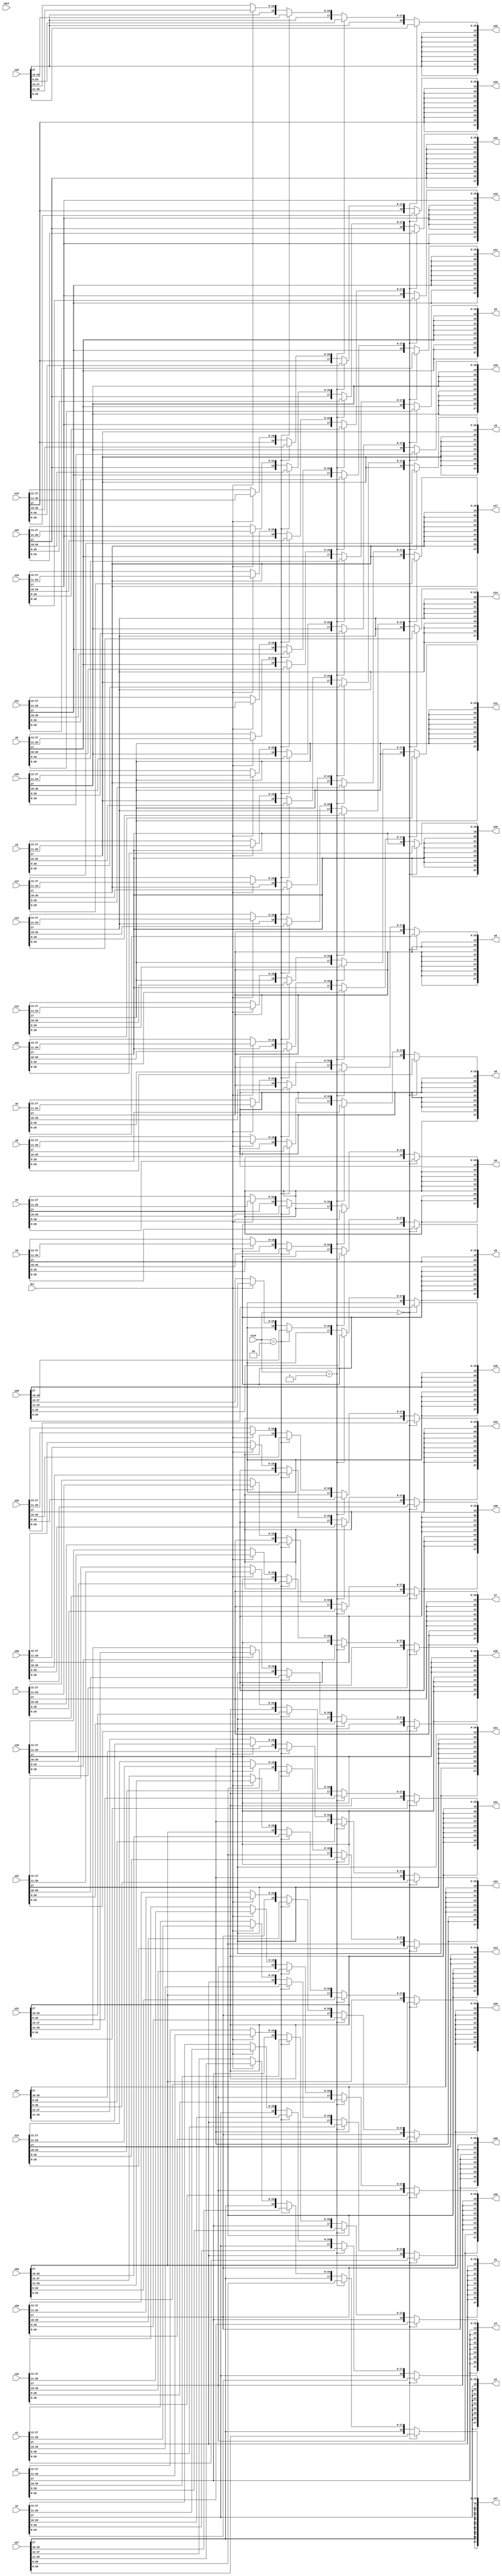
module scaling2
#(
	parameter WIDTH = 28
)
(
	input wire [1:0] size,
	input wire dct,
	input wire idct,
	//input wire operation,
	
	input wire signed [WIDTH-1:0] x0,
	input wire signed [WIDTH-1:0] x1,
	input wire signed [WIDTH-1:0] x2,
	input wire signed [WIDTH-1:0] x3,
	input wire signed [WIDTH-1:0] x4,
	input wire signed [WIDTH-1:0] x5,
	input wire signed [WIDTH-1:0] x6,
	input wire signed [WIDTH-1:0] x7,
	input wire signed [WIDTH-1:0] x8,
	input wire signed [WIDTH-1:0] x9,
	input wire signed [WIDTH-1:0] x10,
	input wire signed [WIDTH-1:0] x11,
	input wire signed [WIDTH-1:0] x12,
	input wire signed [WIDTH-1:0] x13,
	input wire signed [WIDTH-1:0] x14,
	input wire signed [WIDTH-1:0] x15,
	input wire signed [WIDTH-1:0] x16,
	input wire signed [WIDTH-1:0] x17,
	input wire signed [WIDTH-1:0] x18,
	input wire signed [WIDTH-1:0] x19,
	input wire signed [WIDTH-1:0] x20,
	input wire signed [WIDTH-1:0] x21,
	input wire signed [WIDTH-1:0] x22,
	input wire signed [WIDTH-1:0] x23,
	input wire signed [WIDTH-1:0] x24,
	input wire signed [WIDTH-1:0] x25,
	input wire signed [WIDTH-1:0] x26,
	input wire signed [WIDTH-1:0] x27,
	input wire signed [WIDTH-1:0] x28,
	input wire signed [WIDTH-1:0] x29,
	input wire signed [WIDTH-1:0] x30,
	input wire signed [WIDTH-1:0] x31,
	
	output reg signed [WIDTH-1:0] y0,
	output reg signed [WIDTH-1:0] y1,
	output reg signed [WIDTH-1:0] y2,
	output reg signed [WIDTH-1:0] y3,
	output reg signed [WIDTH-1:0] y4,
	output reg signed [WIDTH-1:0] y5,
	output reg signed [WIDTH-1:0] y6,
	output reg signed [WIDTH-1:0] y7,
	output reg signed [WIDTH-1:0] y8,
	output reg signed [WIDTH-1:0] y9,
	output reg signed [WIDTH-1:0] y10,
	output reg signed [WIDTH-1:0] y11,
	output reg signed [WIDTH-1:0] y12,
	output reg signed [WIDTH-1:0] y13,
	output reg signed [WIDTH-1:0] y14,
	output reg signed [WIDTH-1:0] y15,
	output reg signed [WIDTH-1:0] y16,
	output reg signed [WIDTH-1:0] y17,
	output reg signed [WIDTH-1:0] y18,
	output reg signed [WIDTH-1:0] y19,
	output reg signed [WIDTH-1:0] y20,
	output reg signed [WIDTH-1:0] y21,
	output reg signed [WIDTH-1:0] y22,
	output reg signed [WIDTH-1:0] y23,
	output reg signed [WIDTH-1:0] y24,
	output reg signed [WIDTH-1:0] y25,
	output reg signed [WIDTH-1:0] y26,
	output reg signed [WIDTH-1:0] y27,
	output reg signed [WIDTH-1:0] y28,
	output reg signed [WIDTH-1:0] y29,
	output reg signed [WIDTH-1:0] y30,
	output reg signed [WIDTH-1:0] y31
);


	wire signed [WIDTH-1:0] tempIn [31:0];
	reg signed [WIDTH-1:0] tempOut [31:0];
	integer i;
	
	assign tempIn[0] = x0;
	assign tempIn[1] = x1;
	assign tempIn[2] = x2;
	assign tempIn[3] = x3;
	assign tempIn[4] = x4;
	assign tempIn[5] = x5;
	assign tempIn[6] = x6;
	assign tempIn[7] = x7;
	assign tempIn[8] = x8;
	assign tempIn[9] = x9;
	assign tempIn[10] = x10;
	assign tempIn[11] = x11;
	assign tempIn[12] = x12;
	assign tempIn[13] = x13;
	assign tempIn[14] = x14;
	assign tempIn[15] = x15;
	assign tempIn[16] = x16;
	assign tempIn[17] = x17;
	assign tempIn[18] = x18;
	assign tempIn[19] = x19;
	assign tempIn[20] = x20;
	assign tempIn[21] = x21;
	assign tempIn[22] = x22;
	assign tempIn[23] = x23;
	assign tempIn[24] = x24;
	assign tempIn[25] = x25;
	assign tempIn[26] = x26;
	assign tempIn[27] = x27;
	assign tempIn[28] = x28;
	assign tempIn[29] = x29;
	assign tempIn[30] = x30;
	assign tempIn[31] = x31;
	
	
	
	always@(*)
	begin
		
		if(size == 0) begin
				 y0 = {x0[WIDTH-1],x0[WIDTH-1],x0[WIDTH-1],x0[WIDTH-1],x0[WIDTH-1],x0[WIDTH-1],x0[WIDTH-1],x0[WIDTH-1],x0[WIDTH-1:8]};
				 y1 = {x1[WIDTH-1],x1[WIDTH-1],x1[WIDTH-1],x1[WIDTH-1],x1[WIDTH-1],x1[WIDTH-1],x1[WIDTH-1],x1[WIDTH-1],x1[WIDTH-1:8]};
				 y2 = {x2[WIDTH-1],x2[WIDTH-1],x2[WIDTH-1],x2[WIDTH-1],x2[WIDTH-1],x2[WIDTH-1],x2[WIDTH-1],x2[WIDTH-1],x2[WIDTH-1:8]};
				 y3 = {x3[WIDTH-1],x3[WIDTH-1],x3[WIDTH-1],x3[WIDTH-1],x3[WIDTH-1],x3[WIDTH-1],x3[WIDTH-1],x3[WIDTH-1],x3[WIDTH-1:8]};
				 y4 = {x4[WIDTH-1],x4[WIDTH-1],x4[WIDTH-1],x4[WIDTH-1],x4[WIDTH-1],x4[WIDTH-1],x4[WIDTH-1],x4[WIDTH-1],x4[WIDTH-1:8]};
				 y5 = {x5[WIDTH-1],x5[WIDTH-1],x5[WIDTH-1],x5[WIDTH-1],x5[WIDTH-1],x5[WIDTH-1],x5[WIDTH-1],x5[WIDTH-1],x5[WIDTH-1:8]};
				 y6 = {x6[WIDTH-1],x6[WIDTH-1],x6[WIDTH-1],x6[WIDTH-1],x6[WIDTH-1],x6[WIDTH-1],x6[WIDTH-1],x6[WIDTH-1],x6[WIDTH-1:8]};
				 y7 = {x7[WIDTH-1],x7[WIDTH-1],x7[WIDTH-1],x7[WIDTH-1],x7[WIDTH-1],x7[WIDTH-1],x7[WIDTH-1],x7[WIDTH-1],x7[WIDTH-1:8]};
				 y8 = {x8[WIDTH-1],x8[WIDTH-1],x8[WIDTH-1],x8[WIDTH-1],x8[WIDTH-1],x8[WIDTH-1],x8[WIDTH-1],x8[WIDTH-1],x8[WIDTH-1:8]};
				 y9 = {x9[WIDTH-1],x9[WIDTH-1],x9[WIDTH-1],x9[WIDTH-1],x9[WIDTH-1],x9[WIDTH-1],x9[WIDTH-1],x9[WIDTH-1],x9[WIDTH-1:8]};
				 y10 = {x10[WIDTH-1],x10[WIDTH-1],x10[WIDTH-1],x10[WIDTH-1],x10[WIDTH-1],x10[WIDTH-1],x10[WIDTH-1],x10[WIDTH-1],x10[WIDTH-1:8]};
				 y11 = {x11[WIDTH-1],x11[WIDTH-1],x11[WIDTH-1],x11[WIDTH-1],x11[WIDTH-1],x11[WIDTH-1],x11[WIDTH-1],x11[WIDTH-1],x11[WIDTH-1:8]};
				 y12 = {x12[WIDTH-1],x12[WIDTH-1],x12[WIDTH-1],x12[WIDTH-1],x12[WIDTH-1],x12[WIDTH-1],x12[WIDTH-1],x12[WIDTH-1],x12[WIDTH-1:8]};
				 y13 = {x13[WIDTH-1],x13[WIDTH-1],x13[WIDTH-1],x13[WIDTH-1],x13[WIDTH-1],x13[WIDTH-1],x13[WIDTH-1],x13[WIDTH-1],x13[WIDTH-1:8]};
				 y14 = {x14[WIDTH-1],x14[WIDTH-1],x14[WIDTH-1],x14[WIDTH-1],x14[WIDTH-1],x14[WIDTH-1],x14[WIDTH-1],x14[WIDTH-1],x14[WIDTH-1:8]};
				 y15 = {x15[WIDTH-1],x15[WIDTH-1],x15[WIDTH-1],x15[WIDTH-1],x15[WIDTH-1],x15[WIDTH-1],x15[WIDTH-1],x15[WIDTH-1],x15[WIDTH-1:8]};
				 y16 = {x16[WIDTH-1],x16[WIDTH-1],x16[WIDTH-1],x16[WIDTH-1],x16[WIDTH-1],x16[WIDTH-1],x16[WIDTH-1],x16[WIDTH-1],x16[WIDTH-1:8]};
				 y17 = {x17[WIDTH-1],x17[WIDTH-1],x17[WIDTH-1],x17[WIDTH-1],x17[WIDTH-1],x17[WIDTH-1],x17[WIDTH-1],x17[WIDTH-1],x17[WIDTH-1:8]};
				 y18 = {x18[WIDTH-1],x18[WIDTH-1],x18[WIDTH-1],x18[WIDTH-1],x18[WIDTH-1],x18[WIDTH-1],x18[WIDTH-1],x18[WIDTH-1],x18[WIDTH-1:8]};
				 y19 = {x19[WIDTH-1],x19[WIDTH-1],x19[WIDTH-1],x19[WIDTH-1],x19[WIDTH-1],x19[WIDTH-1],x19[WIDTH-1],x19[WIDTH-1],x19[WIDTH-1:8]};
				 y20 = {x20[WIDTH-1],x20[WIDTH-1],x20[WIDTH-1],x20[WIDTH-1],x20[WIDTH-1],x20[WIDTH-1],x20[WIDTH-1],x20[WIDTH-1],x20[WIDTH-1:8]};
				 y21 = {x21[WIDTH-1],x21[WIDTH-1],x21[WIDTH-1],x21[WIDTH-1],x21[WIDTH-1],x21[WIDTH-1],x21[WIDTH-1],x21[WIDTH-1],x21[WIDTH-1:8]};
				 y22 = {x22[WIDTH-1],x22[WIDTH-1],x22[WIDTH-1],x22[WIDTH-1],x22[WIDTH-1],x22[WIDTH-1],x22[WIDTH-1],x22[WIDTH-1],x22[WIDTH-1:8]};
				 y23 = {x23[WIDTH-1],x23[WIDTH-1],x23[WIDTH-1],x23[WIDTH-1],x23[WIDTH-1],x23[WIDTH-1],x23[WIDTH-1],x23[WIDTH-1],x23[WIDTH-1:8]};
				 y24 = {x24[WIDTH-1],x24[WIDTH-1],x24[WIDTH-1],x24[WIDTH-1],x24[WIDTH-1],x24[WIDTH-1],x24[WIDTH-1],x24[WIDTH-1],x24[WIDTH-1:8]};
				 y25 = {x25[WIDTH-1],x25[WIDTH-1],x25[WIDTH-1],x25[WIDTH-1],x25[WIDTH-1],x25[WIDTH-1],x25[WIDTH-1],x25[WIDTH-1],x25[WIDTH-1:8]};
				 y26 = {x26[WIDTH-1],x26[WIDTH-1],x26[WIDTH-1],x26[WIDTH-1],x26[WIDTH-1],x26[WIDTH-1],x26[WIDTH-1],x26[WIDTH-1],x26[WIDTH-1:8]};
				 y27 = {x27[WIDTH-1],x27[WIDTH-1],x27[WIDTH-1],x27[WIDTH-1],x27[WIDTH-1],x27[WIDTH-1],x27[WIDTH-1],x27[WIDTH-1],x27[WIDTH-1:8]};
				 y28 = {x28[WIDTH-1],x28[WIDTH-1],x28[WIDTH-1],x28[WIDTH-1],x28[WIDTH-1],x28[WIDTH-1],x28[WIDTH-1],x28[WIDTH-1],x28[WIDTH-1:8]};
				 y29 = {x29[WIDTH-1],x29[WIDTH-1],x29[WIDTH-1],x29[WIDTH-1],x29[WIDTH-1],x29[WIDTH-1],x29[WIDTH-1],x29[WIDTH-1],x29[WIDTH-1:8]};
				 y30 = {x30[WIDTH-1],x30[WIDTH-1],x30[WIDTH-1],x30[WIDTH-1],x30[WIDTH-1],x30[WIDTH-1],x30[WIDTH-1],x30[WIDTH-1],x30[WIDTH-1:8]};
				 y31 = {x31[WIDTH-1],x31[WIDTH-1],x31[WIDTH-1],x31[WIDTH-1],x31[WIDTH-1],x31[WIDTH-1],x31[WIDTH-1],x31[WIDTH-1],x31[WIDTH-1:8]};
		end
		else if(size == 1) begin
			
				 y0 = {x0[WIDTH-1],x0[WIDTH-1],x0[WIDTH-1],x0[WIDTH-1],x0[WIDTH-1],x0[WIDTH-1],x0[WIDTH-1],x0[WIDTH-1],x0[WIDTH-1],x0[WIDTH-1:9]};
				 y1 = {x1[WIDTH-1],x1[WIDTH-1],x1[WIDTH-1],x1[WIDTH-1],x1[WIDTH-1],x1[WIDTH-1],x1[WIDTH-1],x1[WIDTH-1],x1[WIDTH-1],x1[WIDTH-1:9]};
				 y2 = {x2[WIDTH-1],x2[WIDTH-1],x2[WIDTH-1],x2[WIDTH-1],x2[WIDTH-1],x2[WIDTH-1],x2[WIDTH-1],x2[WIDTH-1],x2[WIDTH-1],x2[WIDTH-1:9]};
				 y3 = {x3[WIDTH-1],x3[WIDTH-1],x3[WIDTH-1],x3[WIDTH-1],x3[WIDTH-1],x3[WIDTH-1],x3[WIDTH-1],x3[WIDTH-1],x3[WIDTH-1],x3[WIDTH-1:9]};
				 y4 = {x4[WIDTH-1],x4[WIDTH-1],x4[WIDTH-1],x4[WIDTH-1],x4[WIDTH-1],x4[WIDTH-1],x4[WIDTH-1],x4[WIDTH-1],x4[WIDTH-1],x4[WIDTH-1:9]};
				 y5 = {x5[WIDTH-1],x5[WIDTH-1],x5[WIDTH-1],x5[WIDTH-1],x5[WIDTH-1],x5[WIDTH-1],x5[WIDTH-1],x5[WIDTH-1],x5[WIDTH-1],x5[WIDTH-1:9]};
				 y6 = {x6[WIDTH-1],x6[WIDTH-1],x6[WIDTH-1],x6[WIDTH-1],x6[WIDTH-1],x6[WIDTH-1],x6[WIDTH-1],x6[WIDTH-1],x6[WIDTH-1],x6[WIDTH-1:9]};
				 y7 = {x7[WIDTH-1],x7[WIDTH-1],x7[WIDTH-1],x7[WIDTH-1],x7[WIDTH-1],x7[WIDTH-1],x7[WIDTH-1],x7[WIDTH-1],x7[WIDTH-1],x7[WIDTH-1:9]};
				 y8 = {x8[WIDTH-1],x8[WIDTH-1],x8[WIDTH-1],x8[WIDTH-1],x8[WIDTH-1],x8[WIDTH-1],x8[WIDTH-1],x8[WIDTH-1],x8[WIDTH-1],x8[WIDTH-1:9]};
				 y9 = {x9[WIDTH-1],x9[WIDTH-1],x9[WIDTH-1],x9[WIDTH-1],x9[WIDTH-1],x9[WIDTH-1],x9[WIDTH-1],x9[WIDTH-1],x9[WIDTH-1],x9[WIDTH-1:9]};
				 y10 = {x10[WIDTH-1],x10[WIDTH-1],x10[WIDTH-1],x10[WIDTH-1],x10[WIDTH-1],x10[WIDTH-1],x10[WIDTH-1],x10[WIDTH-1],x10[WIDTH-1],x10[WIDTH-1:9]};
				 y11 = {x11[WIDTH-1],x11[WIDTH-1],x11[WIDTH-1],x11[WIDTH-1],x11[WIDTH-1],x11[WIDTH-1],x11[WIDTH-1],x11[WIDTH-1],x11[WIDTH-1],x11[WIDTH-1:9]};
				 y12 = {x12[WIDTH-1],x12[WIDTH-1],x12[WIDTH-1],x12[WIDTH-1],x12[WIDTH-1],x12[WIDTH-1],x12[WIDTH-1],x12[WIDTH-1],x12[WIDTH-1],x12[WIDTH-1:9]};
				 y13 = {x13[WIDTH-1],x13[WIDTH-1],x13[WIDTH-1],x13[WIDTH-1],x13[WIDTH-1],x13[WIDTH-1],x13[WIDTH-1],x13[WIDTH-1],x13[WIDTH-1],x13[WIDTH-1:9]};
				 y14 = {x14[WIDTH-1],x14[WIDTH-1],x14[WIDTH-1],x14[WIDTH-1],x14[WIDTH-1],x14[WIDTH-1],x14[WIDTH-1],x14[WIDTH-1],x14[WIDTH-1],x14[WIDTH-1:9]};
				 y15 = {x15[WIDTH-1],x15[WIDTH-1],x15[WIDTH-1],x15[WIDTH-1],x15[WIDTH-1],x15[WIDTH-1],x15[WIDTH-1],x15[WIDTH-1],x15[WIDTH-1],x15[WIDTH-1:9]};
				 y16 = {x16[WIDTH-1],x16[WIDTH-1],x16[WIDTH-1],x16[WIDTH-1],x16[WIDTH-1],x16[WIDTH-1],x16[WIDTH-1],x16[WIDTH-1],x16[WIDTH-1],x16[WIDTH-1:9]};
				 y17 = {x17[WIDTH-1],x17[WIDTH-1],x17[WIDTH-1],x17[WIDTH-1],x17[WIDTH-1],x17[WIDTH-1],x17[WIDTH-1],x17[WIDTH-1],x17[WIDTH-1],x17[WIDTH-1:9]};
				 y18 = {x18[WIDTH-1],x18[WIDTH-1],x18[WIDTH-1],x18[WIDTH-1],x18[WIDTH-1],x18[WIDTH-1],x18[WIDTH-1],x18[WIDTH-1],x18[WIDTH-1],x18[WIDTH-1:9]};
				 y19 = {x19[WIDTH-1],x19[WIDTH-1],x19[WIDTH-1],x19[WIDTH-1],x19[WIDTH-1],x19[WIDTH-1],x19[WIDTH-1],x19[WIDTH-1],x19[WIDTH-1],x19[WIDTH-1:9]};
				 y20 = {x20[WIDTH-1],x20[WIDTH-1],x20[WIDTH-1],x20[WIDTH-1],x20[WIDTH-1],x20[WIDTH-1],x20[WIDTH-1],x20[WIDTH-1],x20[WIDTH-1],x20[WIDTH-1:9]};
				 y21 = {x21[WIDTH-1],x21[WIDTH-1],x21[WIDTH-1],x21[WIDTH-1],x21[WIDTH-1],x21[WIDTH-1],x21[WIDTH-1],x21[WIDTH-1],x21[WIDTH-1],x21[WIDTH-1:9]};
				 y22 = {x22[WIDTH-1],x22[WIDTH-1],x22[WIDTH-1],x22[WIDTH-1],x22[WIDTH-1],x22[WIDTH-1],x22[WIDTH-1],x22[WIDTH-1],x22[WIDTH-1],x22[WIDTH-1:9]};
				 y23 = {x23[WIDTH-1],x23[WIDTH-1],x23[WIDTH-1],x23[WIDTH-1],x23[WIDTH-1],x23[WIDTH-1],x23[WIDTH-1],x23[WIDTH-1],x23[WIDTH-1],x23[WIDTH-1:9]};
				 y24 = {x24[WIDTH-1],x24[WIDTH-1],x24[WIDTH-1],x24[WIDTH-1],x24[WIDTH-1],x24[WIDTH-1],x24[WIDTH-1],x24[WIDTH-1],x24[WIDTH-1],x24[WIDTH-1:9]};
				 y25 = {x25[WIDTH-1],x25[WIDTH-1],x25[WIDTH-1],x25[WIDTH-1],x25[WIDTH-1],x25[WIDTH-1],x25[WIDTH-1],x25[WIDTH-1],x25[WIDTH-1],x25[WIDTH-1:9]};
				 y26 = {x26[WIDTH-1],x26[WIDTH-1],x26[WIDTH-1],x26[WIDTH-1],x26[WIDTH-1],x26[WIDTH-1],x26[WIDTH-1],x26[WIDTH-1],x26[WIDTH-1],x26[WIDTH-1:9]};
				 y27 = {x27[WIDTH-1],x27[WIDTH-1],x27[WIDTH-1],x27[WIDTH-1],x27[WIDTH-1],x27[WIDTH-1],x27[WIDTH-1],x27[WIDTH-1],x27[WIDTH-1],x27[WIDTH-1:9]};
				 y28 = {x28[WIDTH-1],x28[WIDTH-1],x28[WIDTH-1],x28[WIDTH-1],x28[WIDTH-1],x28[WIDTH-1],x28[WIDTH-1],x28[WIDTH-1],x28[WIDTH-1],x28[WIDTH-1:9]};
				 y29 = {x29[WIDTH-1],x29[WIDTH-1],x29[WIDTH-1],x29[WIDTH-1],x29[WIDTH-1],x29[WIDTH-1],x29[WIDTH-1],x29[WIDTH-1],x29[WIDTH-1],x29[WIDTH-1:9]};
				 y30 = {x30[WIDTH-1],x30[WIDTH-1],x30[WIDTH-1],x30[WIDTH-1],x30[WIDTH-1],x30[WIDTH-1],x30[WIDTH-1],x30[WIDTH-1],x30[WIDTH-1],x30[WIDTH-1:9]};
				 y31 = {x31[WIDTH-1],x31[WIDTH-1],x31[WIDTH-1],x31[WIDTH-1],x31[WIDTH-1],x31[WIDTH-1],x31[WIDTH-1],x31[WIDTH-1],x31[WIDTH-1],x31[WIDTH-1:9]};
			
		end
		else if(size == 2) begin
			
				 y0 = {x0[WIDTH-1],x0[WIDTH-1],x0[WIDTH-1],x0[WIDTH-1],x0[WIDTH-1],x0[WIDTH-1],x0[WIDTH-1],x0[WIDTH-1],x0[WIDTH-1],x0[WIDTH-1],x0[WIDTH-1:10]};
				 y1 = {x1[WIDTH-1],x1[WIDTH-1],x1[WIDTH-1],x1[WIDTH-1],x1[WIDTH-1],x1[WIDTH-1],x1[WIDTH-1],x1[WIDTH-1],x1[WIDTH-1],x1[WIDTH-1],x1[WIDTH-1:10]};
				 y2 = {x2[WIDTH-1],x2[WIDTH-1],x2[WIDTH-1],x2[WIDTH-1],x2[WIDTH-1],x2[WIDTH-1],x2[WIDTH-1],x2[WIDTH-1],x2[WIDTH-1],x2[WIDTH-1],x2[WIDTH-1:10]};
				 y3 = {x3[WIDTH-1],x3[WIDTH-1],x3[WIDTH-1],x3[WIDTH-1],x3[WIDTH-1],x3[WIDTH-1],x3[WIDTH-1],x3[WIDTH-1],x3[WIDTH-1],x3[WIDTH-1],x3[WIDTH-1:10]};
				 y4 = {x4[WIDTH-1],x4[WIDTH-1],x4[WIDTH-1],x4[WIDTH-1],x4[WIDTH-1],x4[WIDTH-1],x4[WIDTH-1],x4[WIDTH-1],x4[WIDTH-1],x4[WIDTH-1],x4[WIDTH-1:10]};
				 y5 = {x5[WIDTH-1],x5[WIDTH-1],x5[WIDTH-1],x5[WIDTH-1],x5[WIDTH-1],x5[WIDTH-1],x5[WIDTH-1],x5[WIDTH-1],x5[WIDTH-1],x5[WIDTH-1],x5[WIDTH-1:10]};
				 y6 = {x6[WIDTH-1],x6[WIDTH-1],x6[WIDTH-1],x6[WIDTH-1],x6[WIDTH-1],x6[WIDTH-1],x6[WIDTH-1],x6[WIDTH-1],x6[WIDTH-1],x6[WIDTH-1],x6[WIDTH-1:10]};
				 y7 = {x7[WIDTH-1],x7[WIDTH-1],x7[WIDTH-1],x7[WIDTH-1],x7[WIDTH-1],x7[WIDTH-1],x7[WIDTH-1],x7[WIDTH-1],x7[WIDTH-1],x7[WIDTH-1],x7[WIDTH-1:10]};
				 y8 = {x8[WIDTH-1],x8[WIDTH-1],x8[WIDTH-1],x8[WIDTH-1],x8[WIDTH-1],x8[WIDTH-1],x8[WIDTH-1],x8[WIDTH-1],x8[WIDTH-1],x8[WIDTH-1],x8[WIDTH-1:10]};
				 y9 = {x9[WIDTH-1],x9[WIDTH-1],x9[WIDTH-1],x9[WIDTH-1],x9[WIDTH-1],x9[WIDTH-1],x9[WIDTH-1],x9[WIDTH-1],x9[WIDTH-1],x9[WIDTH-1],x9[WIDTH-1:10]};
				 y10 = {x10[WIDTH-1],x10[WIDTH-1],x10[WIDTH-1],x10[WIDTH-1],x10[WIDTH-1],x10[WIDTH-1],x10[WIDTH-1],x10[WIDTH-1],x10[WIDTH-1],x10[WIDTH-1],x10[WIDTH-1:10]};
				 y11 = {x11[WIDTH-1],x11[WIDTH-1],x11[WIDTH-1],x11[WIDTH-1],x11[WIDTH-1],x11[WIDTH-1],x11[WIDTH-1],x11[WIDTH-1],x11[WIDTH-1],x11[WIDTH-1],x11[WIDTH-1:10]};
				 y12 = {x12[WIDTH-1],x12[WIDTH-1],x12[WIDTH-1],x12[WIDTH-1],x12[WIDTH-1],x12[WIDTH-1],x12[WIDTH-1],x12[WIDTH-1],x12[WIDTH-1],x12[WIDTH-1],x12[WIDTH-1:10]};
				 y13 = {x13[WIDTH-1],x13[WIDTH-1],x13[WIDTH-1],x13[WIDTH-1],x13[WIDTH-1],x13[WIDTH-1],x13[WIDTH-1],x13[WIDTH-1],x13[WIDTH-1],x13[WIDTH-1],x13[WIDTH-1:10]};
				 y14 = {x14[WIDTH-1],x14[WIDTH-1],x14[WIDTH-1],x14[WIDTH-1],x14[WIDTH-1],x14[WIDTH-1],x14[WIDTH-1],x14[WIDTH-1],x14[WIDTH-1],x14[WIDTH-1],x14[WIDTH-1:10]};
				 y15 = {x15[WIDTH-1],x15[WIDTH-1],x15[WIDTH-1],x15[WIDTH-1],x15[WIDTH-1],x15[WIDTH-1],x15[WIDTH-1],x15[WIDTH-1],x15[WIDTH-1],x15[WIDTH-1],x15[WIDTH-1:10]};
				 y16 = {x16[WIDTH-1],x16[WIDTH-1],x16[WIDTH-1],x16[WIDTH-1],x16[WIDTH-1],x16[WIDTH-1],x16[WIDTH-1],x16[WIDTH-1],x16[WIDTH-1],x16[WIDTH-1],x16[WIDTH-1:10]};
				 y17 = {x17[WIDTH-1],x17[WIDTH-1],x17[WIDTH-1],x17[WIDTH-1],x17[WIDTH-1],x17[WIDTH-1],x17[WIDTH-1],x17[WIDTH-1],x17[WIDTH-1],x17[WIDTH-1],x17[WIDTH-1:10]};
				 y18 = {x18[WIDTH-1],x18[WIDTH-1],x18[WIDTH-1],x18[WIDTH-1],x18[WIDTH-1],x18[WIDTH-1],x18[WIDTH-1],x18[WIDTH-1],x18[WIDTH-1],x18[WIDTH-1],x18[WIDTH-1:10]};
				 y19 = {x19[WIDTH-1],x19[WIDTH-1],x19[WIDTH-1],x19[WIDTH-1],x19[WIDTH-1],x19[WIDTH-1],x19[WIDTH-1],x19[WIDTH-1],x19[WIDTH-1],x19[WIDTH-1],x19[WIDTH-1:10]};
				 y20 = {x20[WIDTH-1],x20[WIDTH-1],x20[WIDTH-1],x20[WIDTH-1],x20[WIDTH-1],x20[WIDTH-1],x20[WIDTH-1],x20[WIDTH-1],x20[WIDTH-1],x20[WIDTH-1],x20[WIDTH-1:10]};
				 y21 = {x21[WIDTH-1],x21[WIDTH-1],x21[WIDTH-1],x21[WIDTH-1],x21[WIDTH-1],x21[WIDTH-1],x21[WIDTH-1],x21[WIDTH-1],x21[WIDTH-1],x21[WIDTH-1],x21[WIDTH-1:10]};
				 y22 = {x22[WIDTH-1],x22[WIDTH-1],x22[WIDTH-1],x22[WIDTH-1],x22[WIDTH-1],x22[WIDTH-1],x22[WIDTH-1],x22[WIDTH-1],x22[WIDTH-1],x22[WIDTH-1],x22[WIDTH-1:10]};
				 y23 = {x23[WIDTH-1],x23[WIDTH-1],x23[WIDTH-1],x23[WIDTH-1],x23[WIDTH-1],x23[WIDTH-1],x23[WIDTH-1],x23[WIDTH-1],x23[WIDTH-1],x23[WIDTH-1],x23[WIDTH-1:10]};
				 y24 = {x24[WIDTH-1],x24[WIDTH-1],x24[WIDTH-1],x24[WIDTH-1],x24[WIDTH-1],x24[WIDTH-1],x24[WIDTH-1],x24[WIDTH-1],x24[WIDTH-1],x24[WIDTH-1],x24[WIDTH-1:10]};
				 y25 = {x25[WIDTH-1],x25[WIDTH-1],x25[WIDTH-1],x25[WIDTH-1],x25[WIDTH-1],x25[WIDTH-1],x25[WIDTH-1],x25[WIDTH-1],x25[WIDTH-1],x25[WIDTH-1],x25[WIDTH-1:10]};
				 y26 = {x26[WIDTH-1],x26[WIDTH-1],x26[WIDTH-1],x26[WIDTH-1],x26[WIDTH-1],x26[WIDTH-1],x26[WIDTH-1],x26[WIDTH-1],x26[WIDTH-1],x26[WIDTH-1],x26[WIDTH-1:10]};
				 y27 = {x27[WIDTH-1],x27[WIDTH-1],x27[WIDTH-1],x27[WIDTH-1],x27[WIDTH-1],x27[WIDTH-1],x27[WIDTH-1],x27[WIDTH-1],x27[WIDTH-1],x27[WIDTH-1],x27[WIDTH-1:10]};
				 y28 = {x28[WIDTH-1],x28[WIDTH-1],x28[WIDTH-1],x28[WIDTH-1],x28[WIDTH-1],x28[WIDTH-1],x28[WIDTH-1],x28[WIDTH-1],x28[WIDTH-1],x28[WIDTH-1],x28[WIDTH-1:10]};
				 y29 = {x29[WIDTH-1],x29[WIDTH-1],x29[WIDTH-1],x29[WIDTH-1],x29[WIDTH-1],x29[WIDTH-1],x29[WIDTH-1],x29[WIDTH-1],x29[WIDTH-1],x29[WIDTH-1],x29[WIDTH-1:10]};
				 y30 = {x30[WIDTH-1],x30[WIDTH-1],x30[WIDTH-1],x30[WIDTH-1],x30[WIDTH-1],x30[WIDTH-1],x30[WIDTH-1],x30[WIDTH-1],x30[WIDTH-1],x30[WIDTH-1],x30[WIDTH-1:10]};
				 y31 = {x31[WIDTH-1],x31[WIDTH-1],x31[WIDTH-1],x31[WIDTH-1],x31[WIDTH-1],x31[WIDTH-1],x31[WIDTH-1],x31[WIDTH-1],x31[WIDTH-1],x31[WIDTH-1],x31[WIDTH-1:10]};
			
		end
		else if (dct) begin
		
				 y0 = {x0[WIDTH-1],x0[WIDTH-1],x0[WIDTH-1],x0[WIDTH-1],x0[WIDTH-1],x0[WIDTH-1],x0[WIDTH-1],x0[WIDTH-1],x0[WIDTH-1],x0[WIDTH-1],x0[WIDTH-1],x0[WIDTH-1:11]};
				 y1 = {x1[WIDTH-1],x1[WIDTH-1],x1[WIDTH-1],x1[WIDTH-1],x1[WIDTH-1],x1[WIDTH-1],x1[WIDTH-1],x1[WIDTH-1],x1[WIDTH-1],x1[WIDTH-1],x1[WIDTH-1],x1[WIDTH-1:11]};
				 y2 = {x2[WIDTH-1],x2[WIDTH-1],x2[WIDTH-1],x2[WIDTH-1],x2[WIDTH-1],x2[WIDTH-1],x2[WIDTH-1],x2[WIDTH-1],x2[WIDTH-1],x2[WIDTH-1],x2[WIDTH-1],x2[WIDTH-1:11]};
				 y3 = {x3[WIDTH-1],x3[WIDTH-1],x3[WIDTH-1],x3[WIDTH-1],x3[WIDTH-1],x3[WIDTH-1],x3[WIDTH-1],x3[WIDTH-1],x3[WIDTH-1],x3[WIDTH-1],x3[WIDTH-1],x3[WIDTH-1:11]};
				 y4 = {x4[WIDTH-1],x4[WIDTH-1],x4[WIDTH-1],x4[WIDTH-1],x4[WIDTH-1],x4[WIDTH-1],x4[WIDTH-1],x4[WIDTH-1],x4[WIDTH-1],x4[WIDTH-1],x4[WIDTH-1],x4[WIDTH-1:11]};
				 y5 = {x5[WIDTH-1],x5[WIDTH-1],x5[WIDTH-1],x5[WIDTH-1],x5[WIDTH-1],x5[WIDTH-1],x5[WIDTH-1],x5[WIDTH-1],x5[WIDTH-1],x5[WIDTH-1],x5[WIDTH-1],x5[WIDTH-1:11]};
				 y6 = {x6[WIDTH-1],x6[WIDTH-1],x6[WIDTH-1],x6[WIDTH-1],x6[WIDTH-1],x6[WIDTH-1],x6[WIDTH-1],x6[WIDTH-1],x6[WIDTH-1],x6[WIDTH-1],x6[WIDTH-1],x6[WIDTH-1:11]};
				 y7 = {x7[WIDTH-1],x7[WIDTH-1],x7[WIDTH-1],x7[WIDTH-1],x7[WIDTH-1],x7[WIDTH-1],x7[WIDTH-1],x7[WIDTH-1],x7[WIDTH-1],x7[WIDTH-1],x7[WIDTH-1],x7[WIDTH-1:11]};
				 y8 = {x8[WIDTH-1],x8[WIDTH-1],x8[WIDTH-1],x8[WIDTH-1],x8[WIDTH-1],x8[WIDTH-1],x8[WIDTH-1],x8[WIDTH-1],x8[WIDTH-1],x8[WIDTH-1],x8[WIDTH-1],x8[WIDTH-1:11]};
				 y9 = {x9[WIDTH-1],x9[WIDTH-1],x9[WIDTH-1],x9[WIDTH-1],x9[WIDTH-1],x9[WIDTH-1],x9[WIDTH-1],x9[WIDTH-1],x9[WIDTH-1],x9[WIDTH-1],x9[WIDTH-1],x9[WIDTH-1:11]};
				 y10 = {x10[WIDTH-1],x10[WIDTH-1],x10[WIDTH-1],x10[WIDTH-1],x10[WIDTH-1],x10[WIDTH-1],x10[WIDTH-1],x10[WIDTH-1],x10[WIDTH-1],x10[WIDTH-1],x10[WIDTH-1],x10[WIDTH-1:11]};
				 y11 = {x11[WIDTH-1],x11[WIDTH-1],x11[WIDTH-1],x11[WIDTH-1],x11[WIDTH-1],x11[WIDTH-1],x11[WIDTH-1],x11[WIDTH-1],x11[WIDTH-1],x11[WIDTH-1],x11[WIDTH-1],x11[WIDTH-1:11]};
				 y12 = {x12[WIDTH-1],x12[WIDTH-1],x12[WIDTH-1],x12[WIDTH-1],x12[WIDTH-1],x12[WIDTH-1],x12[WIDTH-1],x12[WIDTH-1],x12[WIDTH-1],x12[WIDTH-1],x12[WIDTH-1],x12[WIDTH-1:11]};
				 y13 = {x13[WIDTH-1],x13[WIDTH-1],x13[WIDTH-1],x13[WIDTH-1],x13[WIDTH-1],x13[WIDTH-1],x13[WIDTH-1],x13[WIDTH-1],x13[WIDTH-1],x13[WIDTH-1],x13[WIDTH-1],x13[WIDTH-1:11]};
				 y14 = {x14[WIDTH-1],x14[WIDTH-1],x14[WIDTH-1],x14[WIDTH-1],x14[WIDTH-1],x14[WIDTH-1],x14[WIDTH-1],x14[WIDTH-1],x14[WIDTH-1],x14[WIDTH-1],x14[WIDTH-1],x14[WIDTH-1:11]};
				 y15 = {x15[WIDTH-1],x15[WIDTH-1],x15[WIDTH-1],x15[WIDTH-1],x15[WIDTH-1],x15[WIDTH-1],x15[WIDTH-1],x15[WIDTH-1],x15[WIDTH-1],x15[WIDTH-1],x15[WIDTH-1],x15[WIDTH-1:11]};
				 y16 = {x16[WIDTH-1],x16[WIDTH-1],x16[WIDTH-1],x16[WIDTH-1],x16[WIDTH-1],x16[WIDTH-1],x16[WIDTH-1],x16[WIDTH-1],x16[WIDTH-1],x16[WIDTH-1],x16[WIDTH-1],x16[WIDTH-1:11]};
				 y17 = {x17[WIDTH-1],x17[WIDTH-1],x17[WIDTH-1],x17[WIDTH-1],x17[WIDTH-1],x17[WIDTH-1],x17[WIDTH-1],x17[WIDTH-1],x17[WIDTH-1],x17[WIDTH-1],x17[WIDTH-1],x17[WIDTH-1:11]};
				 y18 = {x18[WIDTH-1],x18[WIDTH-1],x18[WIDTH-1],x18[WIDTH-1],x18[WIDTH-1],x18[WIDTH-1],x18[WIDTH-1],x18[WIDTH-1],x18[WIDTH-1],x18[WIDTH-1],x18[WIDTH-1],x18[WIDTH-1:11]};
				 y19 = {x19[WIDTH-1],x19[WIDTH-1],x19[WIDTH-1],x19[WIDTH-1],x19[WIDTH-1],x19[WIDTH-1],x19[WIDTH-1],x19[WIDTH-1],x19[WIDTH-1],x19[WIDTH-1],x19[WIDTH-1],x19[WIDTH-1:11]};
				 y20 = {x20[WIDTH-1],x20[WIDTH-1],x20[WIDTH-1],x20[WIDTH-1],x20[WIDTH-1],x20[WIDTH-1],x20[WIDTH-1],x20[WIDTH-1],x20[WIDTH-1],x20[WIDTH-1],x20[WIDTH-1],x20[WIDTH-1:11]};
				 y21 = {x21[WIDTH-1],x21[WIDTH-1],x21[WIDTH-1],x21[WIDTH-1],x21[WIDTH-1],x21[WIDTH-1],x21[WIDTH-1],x21[WIDTH-1],x21[WIDTH-1],x21[WIDTH-1],x21[WIDTH-1],x21[WIDTH-1:11]};
				 y22 = {x22[WIDTH-1],x22[WIDTH-1],x22[WIDTH-1],x22[WIDTH-1],x22[WIDTH-1],x22[WIDTH-1],x22[WIDTH-1],x22[WIDTH-1],x22[WIDTH-1],x22[WIDTH-1],x22[WIDTH-1],x22[WIDTH-1:11]};
				 y23 = {x23[WIDTH-1],x23[WIDTH-1],x23[WIDTH-1],x23[WIDTH-1],x23[WIDTH-1],x23[WIDTH-1],x23[WIDTH-1],x23[WIDTH-1],x23[WIDTH-1],x23[WIDTH-1],x23[WIDTH-1],x23[WIDTH-1:11]};
				 y24 = {x24[WIDTH-1],x24[WIDTH-1],x24[WIDTH-1],x24[WIDTH-1],x24[WIDTH-1],x24[WIDTH-1],x24[WIDTH-1],x24[WIDTH-1],x24[WIDTH-1],x24[WIDTH-1],x24[WIDTH-1],x24[WIDTH-1:11]};
				 y25 = {x25[WIDTH-1],x25[WIDTH-1],x25[WIDTH-1],x25[WIDTH-1],x25[WIDTH-1],x25[WIDTH-1],x25[WIDTH-1],x25[WIDTH-1],x25[WIDTH-1],x25[WIDTH-1],x25[WIDTH-1],x25[WIDTH-1:11]};
				 y26 = {x26[WIDTH-1],x26[WIDTH-1],x26[WIDTH-1],x26[WIDTH-1],x26[WIDTH-1],x26[WIDTH-1],x26[WIDTH-1],x26[WIDTH-1],x26[WIDTH-1],x26[WIDTH-1],x26[WIDTH-1],x26[WIDTH-1:11]};
				 y27 = {x27[WIDTH-1],x27[WIDTH-1],x27[WIDTH-1],x27[WIDTH-1],x27[WIDTH-1],x27[WIDTH-1],x27[WIDTH-1],x27[WIDTH-1],x27[WIDTH-1],x27[WIDTH-1],x27[WIDTH-1],x27[WIDTH-1:11]};
				 y28 = {x28[WIDTH-1],x28[WIDTH-1],x28[WIDTH-1],x28[WIDTH-1],x28[WIDTH-1],x28[WIDTH-1],x28[WIDTH-1],x28[WIDTH-1],x28[WIDTH-1],x28[WIDTH-1],x28[WIDTH-1],x28[WIDTH-1:11]};
				 y29 = {x29[WIDTH-1],x29[WIDTH-1],x29[WIDTH-1],x29[WIDTH-1],x29[WIDTH-1],x29[WIDTH-1],x29[WIDTH-1],x29[WIDTH-1],x29[WIDTH-1],x29[WIDTH-1],x29[WIDTH-1],x29[WIDTH-1:11]};
				 y30 = {x30[WIDTH-1],x30[WIDTH-1],x30[WIDTH-1],x30[WIDTH-1],x30[WIDTH-1],x30[WIDTH-1],x30[WIDTH-1],x30[WIDTH-1],x30[WIDTH-1],x30[WIDTH-1],x30[WIDTH-1],x30[WIDTH-1:11]};
				 y31 = {x31[WIDTH-1],x31[WIDTH-1],x31[WIDTH-1],x31[WIDTH-1],x31[WIDTH-1],x31[WIDTH-1],x31[WIDTH-1],x31[WIDTH-1],x31[WIDTH-1],x31[WIDTH-1],x31[WIDTH-1],x31[WIDTH-1:11]};
		
		end
		else begin
				y0 = {x0[WIDTH-1],x0[WIDTH-1],x0[WIDTH-1],x0[WIDTH-1],x0[WIDTH-1],x0[WIDTH-1],x0[WIDTH-1],x0[WIDTH-1],x0[WIDTH-1],x0[WIDTH-1],x0[WIDTH-1],x0[WIDTH-1],x0[WIDTH-1:12]};
				y1 = {x1[WIDTH-1],x1[WIDTH-1],x1[WIDTH-1],x1[WIDTH-1],x1[WIDTH-1],x1[WIDTH-1],x1[WIDTH-1],x1[WIDTH-1],x1[WIDTH-1],x1[WIDTH-1],x1[WIDTH-1],x1[WIDTH-1],x1[WIDTH-1:12]};
				y2 = {x2[WIDTH-1],x2[WIDTH-1],x2[WIDTH-1],x2[WIDTH-1],x2[WIDTH-1],x2[WIDTH-1],x2[WIDTH-1],x2[WIDTH-1],x2[WIDTH-1],x2[WIDTH-1],x2[WIDTH-1],x2[WIDTH-1],x2[WIDTH-1:12]};
				y3 = {x3[WIDTH-1],x3[WIDTH-1],x3[WIDTH-1],x3[WIDTH-1],x3[WIDTH-1],x3[WIDTH-1],x3[WIDTH-1],x3[WIDTH-1],x3[WIDTH-1],x3[WIDTH-1],x3[WIDTH-1],x3[WIDTH-1],x3[WIDTH-1:12]};
				y4 = {x4[WIDTH-1],x4[WIDTH-1],x4[WIDTH-1],x4[WIDTH-1],x4[WIDTH-1],x4[WIDTH-1],x4[WIDTH-1],x4[WIDTH-1],x4[WIDTH-1],x4[WIDTH-1],x4[WIDTH-1],x4[WIDTH-1],x4[WIDTH-1:12]};
				y5 = {x5[WIDTH-1],x5[WIDTH-1],x5[WIDTH-1],x5[WIDTH-1],x5[WIDTH-1],x5[WIDTH-1],x5[WIDTH-1],x5[WIDTH-1],x5[WIDTH-1],x5[WIDTH-1],x5[WIDTH-1],x5[WIDTH-1],x5[WIDTH-1:12]};
				y6 = {x6[WIDTH-1],x6[WIDTH-1],x6[WIDTH-1],x6[WIDTH-1],x6[WIDTH-1],x6[WIDTH-1],x6[WIDTH-1],x6[WIDTH-1],x6[WIDTH-1],x6[WIDTH-1],x6[WIDTH-1],x6[WIDTH-1],x6[WIDTH-1:12]};
				y7 = {x7[WIDTH-1],x7[WIDTH-1],x7[WIDTH-1],x7[WIDTH-1],x7[WIDTH-1],x7[WIDTH-1],x7[WIDTH-1],x7[WIDTH-1],x7[WIDTH-1],x7[WIDTH-1],x7[WIDTH-1],x7[WIDTH-1],x7[WIDTH-1:12]};
				y8 = {x8[WIDTH-1],x8[WIDTH-1],x8[WIDTH-1],x8[WIDTH-1],x8[WIDTH-1],x8[WIDTH-1],x8[WIDTH-1],x8[WIDTH-1],x8[WIDTH-1],x8[WIDTH-1],x8[WIDTH-1],x8[WIDTH-1],x8[WIDTH-1:12]};
				y9 = {x9[WIDTH-1],x9[WIDTH-1],x9[WIDTH-1],x9[WIDTH-1],x9[WIDTH-1],x9[WIDTH-1],x9[WIDTH-1],x9[WIDTH-1],x9[WIDTH-1],x9[WIDTH-1],x9[WIDTH-1],x9[WIDTH-1],x9[WIDTH-1:12]};
				y10 = {x10[WIDTH-1],x10[WIDTH-1],x10[WIDTH-1],x10[WIDTH-1],x10[WIDTH-1],x10[WIDTH-1],x10[WIDTH-1],x10[WIDTH-1],x10[WIDTH-1],x10[WIDTH-1],x10[WIDTH-1],x10[WIDTH-1],x10[WIDTH-1:12]};
				y11 = {x11[WIDTH-1],x11[WIDTH-1],x11[WIDTH-1],x11[WIDTH-1],x11[WIDTH-1],x11[WIDTH-1],x11[WIDTH-1],x11[WIDTH-1],x11[WIDTH-1],x11[WIDTH-1],x11[WIDTH-1],x11[WIDTH-1],x11[WIDTH-1:12]};
				y12 = {x12[WIDTH-1],x12[WIDTH-1],x12[WIDTH-1],x12[WIDTH-1],x12[WIDTH-1],x12[WIDTH-1],x12[WIDTH-1],x12[WIDTH-1],x12[WIDTH-1],x12[WIDTH-1],x12[WIDTH-1],x12[WIDTH-1],x12[WIDTH-1:12]};
				y13 = {x13[WIDTH-1],x13[WIDTH-1],x13[WIDTH-1],x13[WIDTH-1],x13[WIDTH-1],x13[WIDTH-1],x13[WIDTH-1],x13[WIDTH-1],x13[WIDTH-1],x13[WIDTH-1],x13[WIDTH-1],x13[WIDTH-1],x13[WIDTH-1:12]};
				y14 = {x14[WIDTH-1],x14[WIDTH-1],x14[WIDTH-1],x14[WIDTH-1],x14[WIDTH-1],x14[WIDTH-1],x14[WIDTH-1],x14[WIDTH-1],x14[WIDTH-1],x14[WIDTH-1],x14[WIDTH-1],x14[WIDTH-1],x14[WIDTH-1:12]};
				y15 = {x15[WIDTH-1],x15[WIDTH-1],x15[WIDTH-1],x15[WIDTH-1],x15[WIDTH-1],x15[WIDTH-1],x15[WIDTH-1],x15[WIDTH-1],x15[WIDTH-1],x15[WIDTH-1],x15[WIDTH-1],x15[WIDTH-1],x15[WIDTH-1:12]};
				y16 = {x16[WIDTH-1],x16[WIDTH-1],x16[WIDTH-1],x16[WIDTH-1],x16[WIDTH-1],x16[WIDTH-1],x16[WIDTH-1],x16[WIDTH-1],x16[WIDTH-1],x16[WIDTH-1],x16[WIDTH-1],x16[WIDTH-1],x16[WIDTH-1:12]};
				y17 = {x17[WIDTH-1],x17[WIDTH-1],x17[WIDTH-1],x17[WIDTH-1],x17[WIDTH-1],x17[WIDTH-1],x17[WIDTH-1],x17[WIDTH-1],x17[WIDTH-1],x17[WIDTH-1],x17[WIDTH-1],x17[WIDTH-1],x17[WIDTH-1:12]};
				y18 = {x18[WIDTH-1],x18[WIDTH-1],x18[WIDTH-1],x18[WIDTH-1],x18[WIDTH-1],x18[WIDTH-1],x18[WIDTH-1],x18[WIDTH-1],x18[WIDTH-1],x18[WIDTH-1],x18[WIDTH-1],x18[WIDTH-1],x18[WIDTH-1:12]};
				y19 = {x19[WIDTH-1],x19[WIDTH-1],x19[WIDTH-1],x19[WIDTH-1],x19[WIDTH-1],x19[WIDTH-1],x19[WIDTH-1],x19[WIDTH-1],x19[WIDTH-1],x19[WIDTH-1],x19[WIDTH-1],x19[WIDTH-1],x19[WIDTH-1:12]};
				y20 = {x20[WIDTH-1],x20[WIDTH-1],x20[WIDTH-1],x20[WIDTH-1],x20[WIDTH-1],x20[WIDTH-1],x20[WIDTH-1],x20[WIDTH-1],x20[WIDTH-1],x20[WIDTH-1],x20[WIDTH-1],x20[WIDTH-1],x20[WIDTH-1:12]};
				y21 = {x21[WIDTH-1],x21[WIDTH-1],x21[WIDTH-1],x21[WIDTH-1],x21[WIDTH-1],x21[WIDTH-1],x21[WIDTH-1],x21[WIDTH-1],x21[WIDTH-1],x21[WIDTH-1],x21[WIDTH-1],x21[WIDTH-1],x21[WIDTH-1:12]};
				y22 = {x22[WIDTH-1],x22[WIDTH-1],x22[WIDTH-1],x22[WIDTH-1],x22[WIDTH-1],x22[WIDTH-1],x22[WIDTH-1],x22[WIDTH-1],x22[WIDTH-1],x22[WIDTH-1],x22[WIDTH-1],x22[WIDTH-1],x22[WIDTH-1:12]};
				y23 = {x23[WIDTH-1],x23[WIDTH-1],x23[WIDTH-1],x23[WIDTH-1],x23[WIDTH-1],x23[WIDTH-1],x23[WIDTH-1],x23[WIDTH-1],x23[WIDTH-1],x23[WIDTH-1],x23[WIDTH-1],x23[WIDTH-1],x23[WIDTH-1:12]};
				y24 = {x24[WIDTH-1],x24[WIDTH-1],x24[WIDTH-1],x24[WIDTH-1],x24[WIDTH-1],x24[WIDTH-1],x24[WIDTH-1],x24[WIDTH-1],x24[WIDTH-1],x24[WIDTH-1],x24[WIDTH-1],x24[WIDTH-1],x24[WIDTH-1:12]};
				y25 = {x25[WIDTH-1],x25[WIDTH-1],x25[WIDTH-1],x25[WIDTH-1],x25[WIDTH-1],x25[WIDTH-1],x25[WIDTH-1],x25[WIDTH-1],x25[WIDTH-1],x25[WIDTH-1],x25[WIDTH-1],x25[WIDTH-1],x25[WIDTH-1:12]};
				y26 = {x26[WIDTH-1],x26[WIDTH-1],x26[WIDTH-1],x26[WIDTH-1],x26[WIDTH-1],x26[WIDTH-1],x26[WIDTH-1],x26[WIDTH-1],x26[WIDTH-1],x26[WIDTH-1],x26[WIDTH-1],x26[WIDTH-1],x26[WIDTH-1:12]};
				y27 = {x27[WIDTH-1],x27[WIDTH-1],x27[WIDTH-1],x27[WIDTH-1],x27[WIDTH-1],x27[WIDTH-1],x27[WIDTH-1],x27[WIDTH-1],x27[WIDTH-1],x27[WIDTH-1],x27[WIDTH-1],x27[WIDTH-1],x27[WIDTH-1:12]};
				y28 = {x28[WIDTH-1],x28[WIDTH-1],x28[WIDTH-1],x28[WIDTH-1],x28[WIDTH-1],x28[WIDTH-1],x28[WIDTH-1],x28[WIDTH-1],x28[WIDTH-1],x28[WIDTH-1],x28[WIDTH-1],x28[WIDTH-1],x28[WIDTH-1:12]};
				y29 = {x29[WIDTH-1],x29[WIDTH-1],x29[WIDTH-1],x29[WIDTH-1],x29[WIDTH-1],x29[WIDTH-1],x29[WIDTH-1],x29[WIDTH-1],x29[WIDTH-1],x29[WIDTH-1],x29[WIDTH-1],x29[WIDTH-1],x29[WIDTH-1:12]};
				y30 = {x30[WIDTH-1],x30[WIDTH-1],x30[WIDTH-1],x30[WIDTH-1],x30[WIDTH-1],x30[WIDTH-1],x30[WIDTH-1],x30[WIDTH-1],x30[WIDTH-1],x30[WIDTH-1],x30[WIDTH-1],x30[WIDTH-1],x30[WIDTH-1:12]};
				y31 = {x31[WIDTH-1],x31[WIDTH-1],x31[WIDTH-1],x31[WIDTH-1],x31[WIDTH-1],x31[WIDTH-1],x31[WIDTH-1],x31[WIDTH-1],x31[WIDTH-1],x31[WIDTH-1],x31[WIDTH-1],x31[WIDTH-1],x31[WIDTH-1:12]};
		end
		
	end
	
endmodule